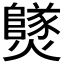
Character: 𤒮